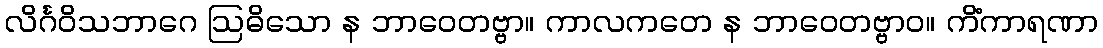
လိင်္ဂဝိသဘာဂေ ဩဓိသော န ဘာဝေတဗ္ဗာ။ ကာလကတေ န ဘာဝေတဗ္ဗာဝ။ ကိံကာရဏာ